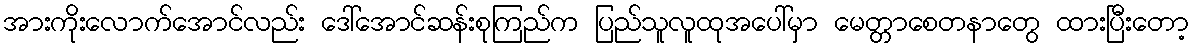
အားကိုးလောက်အောင်လည်း ဒေါ်အောင်ဆန်းစုကြည်က ပြည်သူလူထုအပေါ်မှာ မေတ္တာစေတနာတွေ ထားပြီးတော့